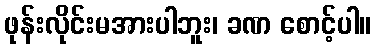
ဖုန်းလိုင်းမအားပါဘူး၊ ခဏ စောင့်ပါ။